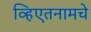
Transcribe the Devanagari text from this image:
व्हिएतनामचे